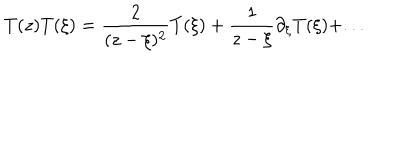
T ( z ) T ( \xi ) = \frac { 2 } { ( z - \xi ) ^ { 2 } } T ( \xi ) + \frac { 1 } { z - \xi } \partial _ { \xi } T ( \xi ) + . . .